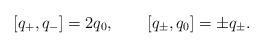
LaTeX: \begin{align*}[ q_+ , q_- ] = 2 q_0, \qquad[ q_\pm , q_0 ] = \pm q_\pm.\end{align*}